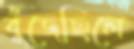
বুঁজেছিলে